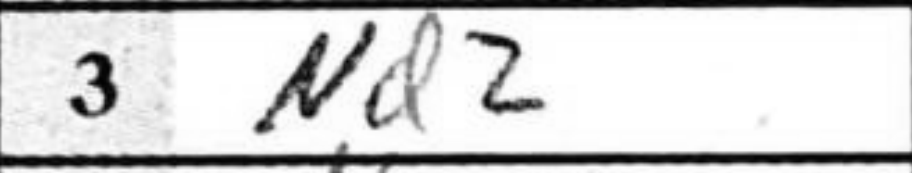
Transcription: Nd2